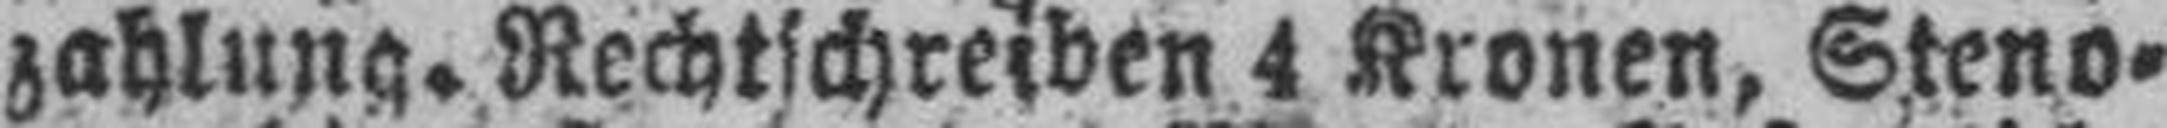
zahlung. Rechtschreiben 4 Kronen, Steno¬